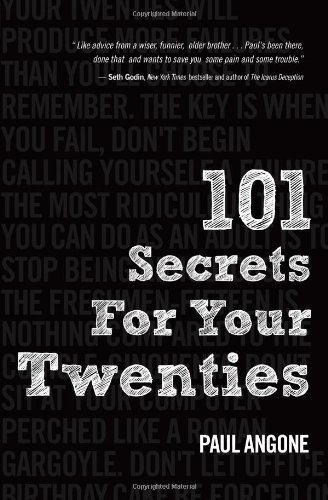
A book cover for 101 Secrets For Your Twenties; Paul Angone; Humor & Entertainment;